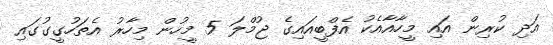
އަދި ކުރިން އައި މީހާއާއެކު އެފްބީއައިގެ ޖުމްލަ 5 މީހުން މިހާރު އެތަހުގީގުގައި